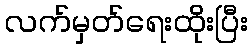
လက်မှတ်ရေးထိုးပြီး